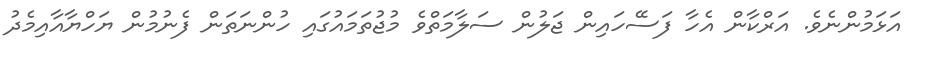
އަޅަމުންނެވެ. އަރްކާން އެހާ ފަސޭހައިން ޖަލުން ސަލާމަތްވެ މުޖުތަމައުގައި ހުންނަތަން ފެނުމުން ޔަހްޔާއާއިމެދު